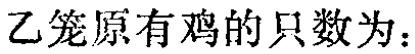
乙笼原有鸡的只数为：